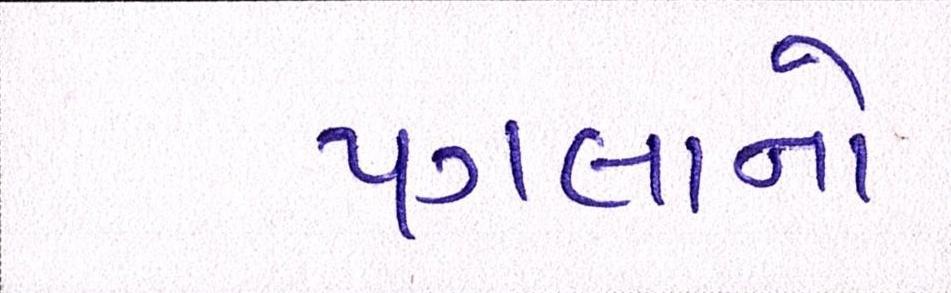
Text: પગલાનો